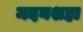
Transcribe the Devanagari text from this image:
मदनशहा